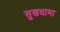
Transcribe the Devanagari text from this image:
सुखधामा